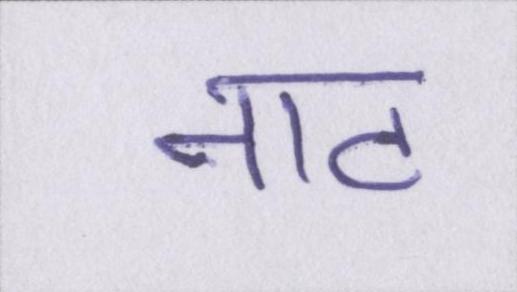
नाट